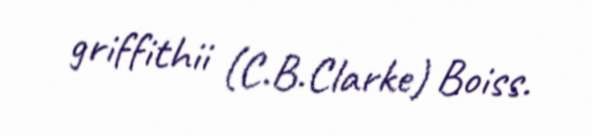
griffithii (C.B.Clarke) Boiss.